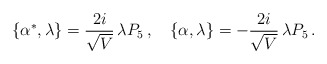
\begin{align*}\{\alpha^{*},\lambda\}=\frac{2i}{\sqrt{V}}\,\lambda P_{5}\,,\quad \{\alpha,\lambda\}=-\frac{2i}{\sqrt{V}}\,\lambda P_{5}\,.\end{align*}